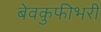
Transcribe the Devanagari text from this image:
बेवकुफीभरी